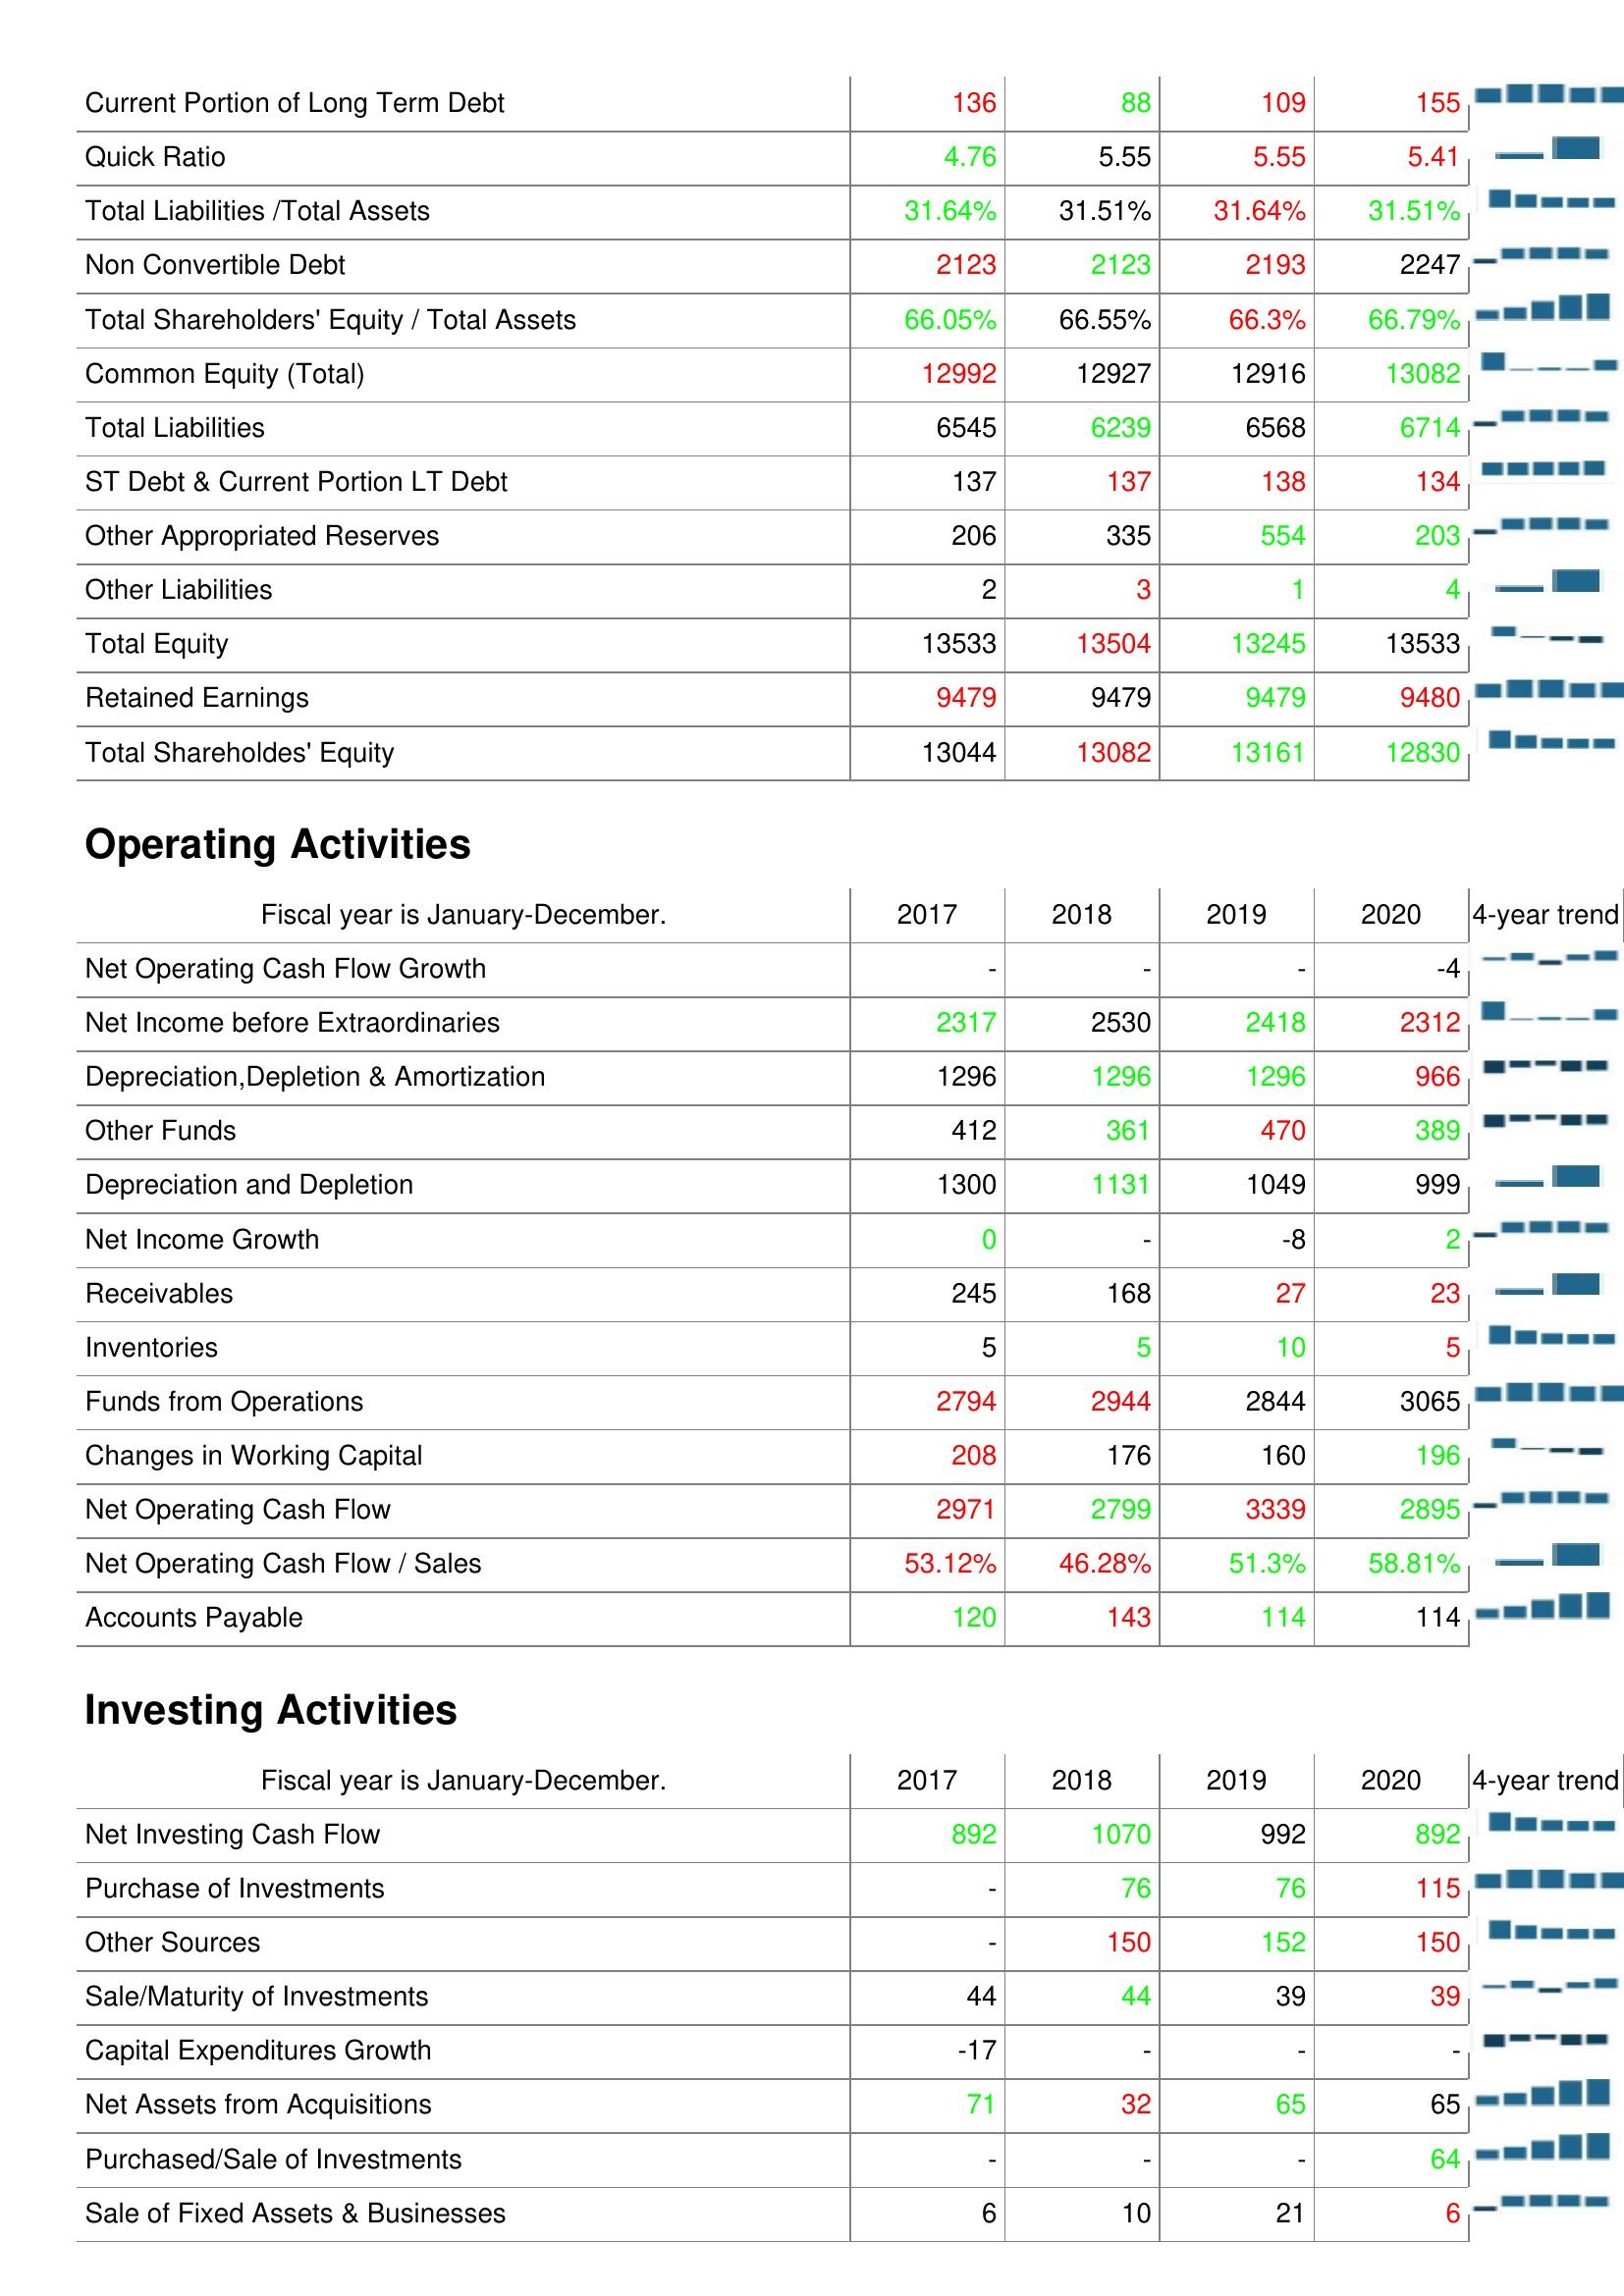
2017: Liabilities & Shareholder's Equity: Current Portion of Long Term Debt: 136
Quick Ratio: 4.76
Total Liabilities /Total Assets: 31.64%
Non Convertible Debt: 2123
Total Shareholders' Equity / Total Assets: 66.05%
Common Equity (Total): 12992
Total Liabilities: 6545
ST Debt & Current Portion LT Debt: 137
Other Appropriated Reserves: 206
Other Liabilities: 2
Total Equity: 13533
Retained Earnings: 9479
Total Shareholdes' Equity: 13044
Operating Activities: Net Operating Cash Flow Growth: -
Net Income before Extraordinaries: 2317
Depreciation,Depletion & Amortization: 1296
Other Funds: 412
Depreciation and Depletion: 1300
Net Income Growth: 0
Receivables: 245
Inventories: 5
Funds from Operations: 2794
Changes in Working Capital: 208
Net Operating Cash Flow: 2971
Net Operating Cash Flow / Sales: 53.12%
Accounts Payable: 120
Investing Activities: Net Investing Cash Flow: 892
Purchase of Investments: -
Other Sources: -
Sale/Maturity of Investments: 44
Capital Expenditures Growth: -17
Net Assets from Acquisitions: 71
Purchased/Sale of Investments: -
Sale of Fixed Assets & Businesses: 6
2018: Liabilities & Shareholder's Equity: Current Portion of Long Term Debt: 88
Quick Ratio: 5.55
Total Liabilities /Total Assets: 31.51%
Non Convertible Debt: 2123
Total Shareholders' Equity / Total Assets: 66.55%
Common Equity (Total): 12927
Total Liabilities: 6239
ST Debt & Current Portion LT Debt: 137
Other Appropriated Reserves: 335
Other Liabilities: 3
Total Equity: 13504
Retained Earnings: 9479
Total Shareholdes' Equity: 13082
Operating Activities: Net Operating Cash Flow Growth: -
Net Income before Extraordinaries: 2530
Depreciation,Depletion & Amortization: 1296
Other Funds: 361
Depreciation and Depletion: 1131
Net Income Growth: -
Receivables: 168
Inventories: 5
Funds from Operations: 2944
Changes in Working Capital: 176
Net Operating Cash Flow: 2799
Net Operating Cash Flow / Sales: 46.28%
Accounts Payable: 143
Investing Activities: Net Investing Cash Flow: 1070
Purchase of Investments: 76
Other Sources: 150
Sale/Maturity of Investments: 44
Capital Expenditures Growth: -
Net Assets from Acquisitions: 32
Purchased/Sale of Investments: -
Sale of Fixed Assets & Businesses: 10
2019: Liabilities & Shareholder's Equity: Current Portion of Long Term Debt: 109
Quick Ratio: 5.55
Total Liabilities /Total Assets: 31.64%
Non Convertible Debt: 2193
Total Shareholders' Equity / Total Assets: 66.3%
Common Equity (Total): 12916
Total Liabilities: 6568
ST Debt & Current Portion LT Debt: 138
Other Appropriated Reserves: 554
Other Liabilities: 1
Total Equity: 13245
Retained Earnings: 9479
Total Shareholdes' Equity: 13161
Operating Activities: Net Operating Cash Flow Growth: -
Net Income before Extraordinaries: 2418
Depreciation,Depletion & Amortization: 1296
Other Funds: 470
Depreciation and Depletion: 1049
Net Income Growth: -8
Receivables: 27
Inventories: 10
Funds from Operations: 2844
Changes in Working Capital: 160
Net Operating Cash Flow: 3339
Net Operating Cash Flow / Sales: 51.3%
Accounts Payable: 114
Investing Activities: Net Investing Cash Flow: 992
Purchase of Investments: 76
Other Sources: 152
Sale/Maturity of Investments: 39
Capital Expenditures Growth: -
Net Assets from Acquisitions: 65
Purchased/Sale of Investments: -
Sale of Fixed Assets & Businesses: 21
2020: Liabilities & Shareholder's Equity: Current Portion of Long Term Debt: 155
Quick Ratio: 5.41
Total Liabilities /Total Assets: 31.51%
Non Convertible Debt: 2247
Total Shareholders' Equity / Total Assets: 66.79%
Common Equity (Total): 13082
Total Liabilities: 6714
ST Debt & Current Portion LT Debt: 134
Other Appropriated Reserves: 203
Other Liabilities: 4
Total Equity: 13533
Retained Earnings: 9480
Total Shareholdes' Equity: 12830
Operating Activities: Net Operating Cash Flow Growth: -4
Net Income before Extraordinaries: 2312
Depreciation,Depletion & Amortization: 966
Other Funds: 389
Depreciation and Depletion: 999
Net Income Growth: 2
Receivables: 23
Inventories: 5
Funds from Operations: 3065
Changes in Working Capital: 196
Net Operating Cash Flow: 2895
Net Operating Cash Flow / Sales: 58.81%
Accounts Payable: 114
Investing Activities: Net Investing Cash Flow: 892
Purchase of Investments: 115
Other Sources: 150
Sale/Maturity of Investments: 39
Capital Expenditures Growth: -
Net Assets from Acquisitions: 65
Purchased/Sale of Investments: 64
Sale of Fixed Assets & Businesses: 6